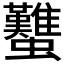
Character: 𧕴